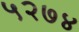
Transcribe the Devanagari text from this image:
५२७४